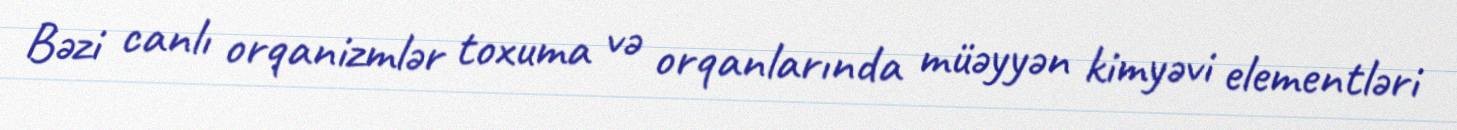
Bəzi canlı orqanizmlər toxuma və orqanlarında müəyyən kimyəvi elementləri